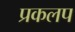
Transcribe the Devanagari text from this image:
प्रकलप